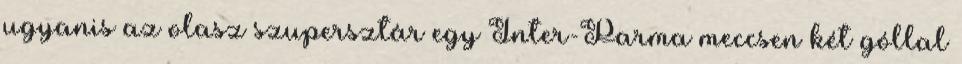
ugyanis az olasz szupersztár egy Inter-Parma meccsen két góllal